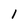
Character: l